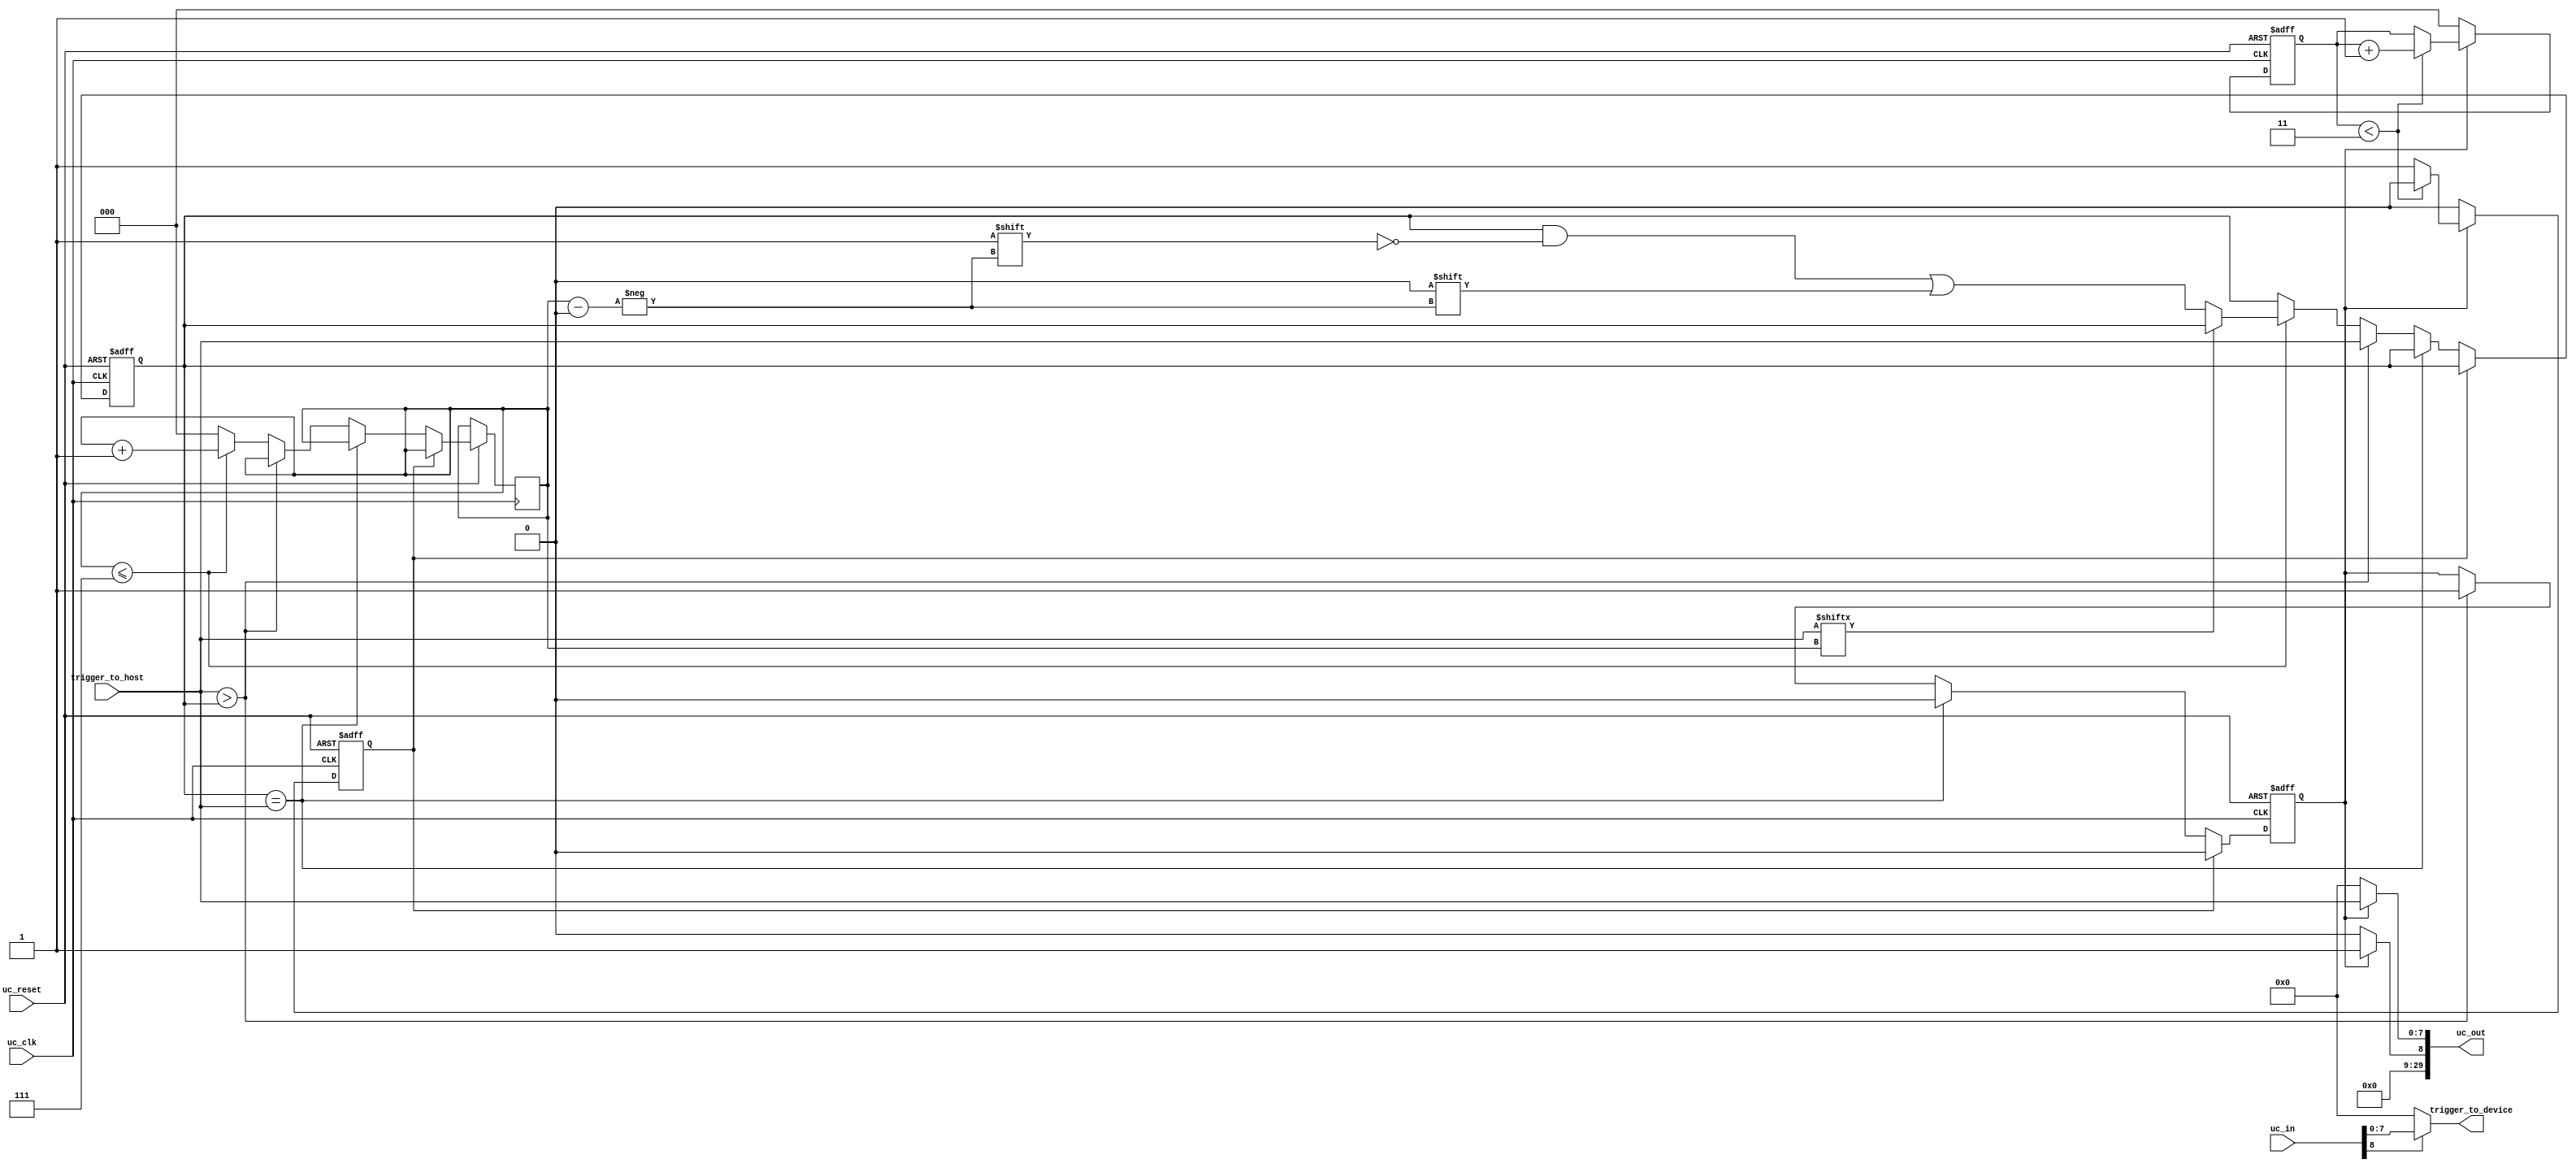
module active_trigger (
	input  wire                 uc_clk,
	input  wire                 uc_reset,
	input  wire [31:0]          uc_in,
	output wire [29:0]          uc_out,

	input wire   [7:0]          trigger_to_host,
	output wire  [7:0]          trigger_to_device
	
	);
	
   //-----------------------------------------------
   // Parameters
   //-----------------------------------------------
	parameter                   TO_TRIGUPDATE_COUNT = 3'h3;

   //-----------------------------------------------
   // Internal Signals
   //-----------------------------------------------
	reg                         to_trigupdate;
	reg                         trigger_to_host_flag;
	reg [7:0]                   previous_to_trigupdate;
	
	//Trigger to Host Update Reset Registers
	reg [2:0]                   to_trigupdate_counter;
	reg [2:0]                   xint;
	
   //-----------------------------------------------
   // Assignments
   //-----------------------------------------------
	assign uc_out[29:27]       = 3'h0;                                     //Address
	assign uc_out[26]          = 1'b0;                                     //Block Command                                         //Block Command
	assign uc_out[25:18]       = 8'h0;                                     //Block Length Byte
	assign uc_out[17]          = 1'b0;                                     //Transfer Command
    assign uc_out[16:9]        = 8'h0;                                     //Transfer  Byte
	assign uc_out[8]           = to_trigupdate ? 1'b1 : 1'b0;              //Trigger Command
    assign uc_out[7:0]         = to_trigupdate ? trigger_to_host : 8'h0;   //Trigger Byte
	
	assign trigger_to_device = (uc_in[8] == 1'b1) ? uc_in[7:0] : 8'h0;

   //-----------------------------------------------
   // Trigger to Host 
   //-----------------------------------------------
    always @(posedge uc_clk or negedge uc_reset) 
    //always @(trigger_to_host or trigger_to_host_flag or uc_reset) 
	begin
	     if (!uc_reset)
		 begin
		     to_trigupdate <= 1'b0;	
             previous_to_trigupdate <= 0;			 
		 end
	     else
		 begin
		     if(trigger_to_host_flag)
		         to_trigupdate <= 1'b0;
		     else if(previous_to_trigupdate == trigger_to_host)
		         to_trigupdate <= 1'b0;
		     else if(trigger_to_host > previous_to_trigupdate)
		     begin
		         to_trigupdate <= 1'b1;	
                 previous_to_trigupdate <= trigger_to_host;			 
		     end
			 else
			 begin
			     if(xint <= 7)
				 begin
				     if(trigger_to_host[xint] == 1'b0)
					     previous_to_trigupdate[xint] <= 1'b0;
				     xint <= xint + 1'd1;
				 end
				 else 
				     xint <= 0;
			 end
		 end
	end
	
   //-----------------------------------------------
   // Reset Trigger to Host 
   //-----------------------------------------------
    always @(posedge uc_clk or negedge uc_reset) 
	begin
	     if (!uc_reset)
		 begin
		     trigger_to_host_flag <= 1'b0;
			 to_trigupdate_counter <= 0;
	     end 
		 else 
		 begin
             if(to_trigupdate)
             begin
                 if(to_trigupdate_counter < TO_TRIGUPDATE_COUNT)
                 begin	
                     to_trigupdate_counter <= to_trigupdate_counter + 1'd1;				 
		             trigger_to_host_flag <= 1'b0;
			     end
		         else
		            trigger_to_host_flag <= 1'b1;
			 end
			 else
			 begin
			     trigger_to_host_flag <= 1'b0;
				 to_trigupdate_counter <= 0;
			 end
	     end
    end



endmodule